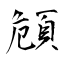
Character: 頠